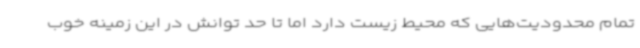
تمام محدودیت‌هایی که محیط زیست دارد اما تا حد توانش در این زمینه خوب